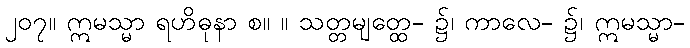
၂၀၇။ ဣမသ္မာ ရဟိဓုနာ စ။ ။ သတ္တမျတ္ထေ- ၌၊ ကာလေ- ၌၊ ဣမသ္မာ-